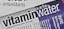
vitaminwater